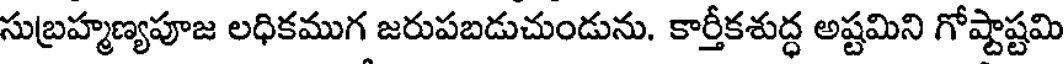
సుబ్రహ్మణ్యపూజ లధికముగ జరుపబడుచుండును. కార్తీకశుద్ధ అష్టమిని గోష్టాష్టమి